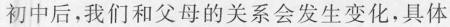
初中后，我们和父母的关系会发生变化，具体